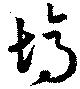
塢